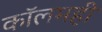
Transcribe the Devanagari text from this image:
कॉलमही